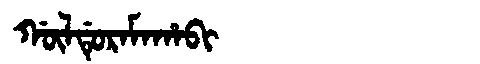
Manchu: ᡤᡡᠯᡩᡠᡵᠠᠮᠠᡥᠠᠪᡳ
Romanization: GŪLDURAMAHABI